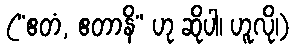
(“ဧတံ, ဧတာနိ” ဟု ဆိုပါ၊ ဟူလို၊)